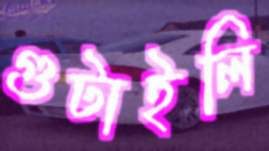
গুটাইলি